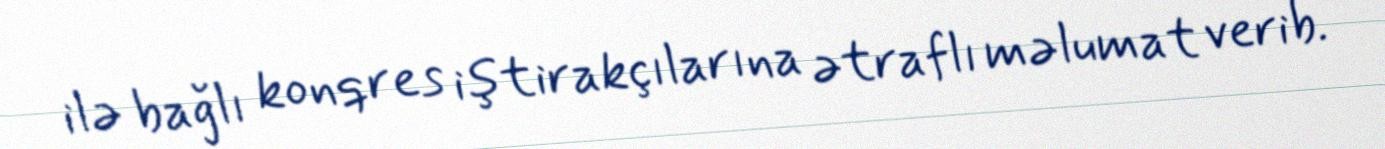
ilə bağlı konqres iştirakçılarına ətraflı məlumat verib.